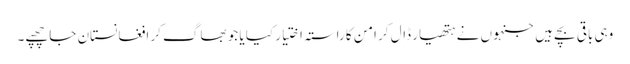
وہی باقی بچے ہیں جنہوں نے ہتھیار ڈال کر امن کا راستہ اختیار کیا یا جو بھاگ کر افغانستان جا چھپے۔